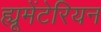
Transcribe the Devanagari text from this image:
ह्यूमेंटेरियन